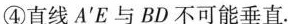
④直线A^{‘}E与BD不可能垂直。